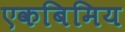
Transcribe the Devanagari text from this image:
एकबिमिय